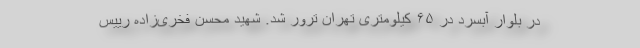
در بلوار آبسرد در ۶۵ کیلومتری تهران ترور شد. شهید محسن فخری‌زاده رییس